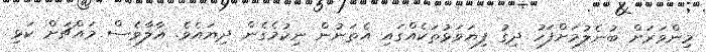
މިންވަރަށް ބުނެލުމަށްފަހު ދިގު ފިޔަވަޅުތަކެއްގައި އެތަނުން ނިކުމެގެން ދިޔައެވެ. އާލާވެސް މައްޗަށް ކަޅި